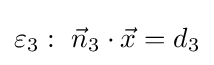
\varepsilon _{3}:\ {\vec {n}}_{3}\cdot {\vec {x}}=d_{3}